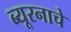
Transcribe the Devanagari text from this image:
ब्यूरनाचे